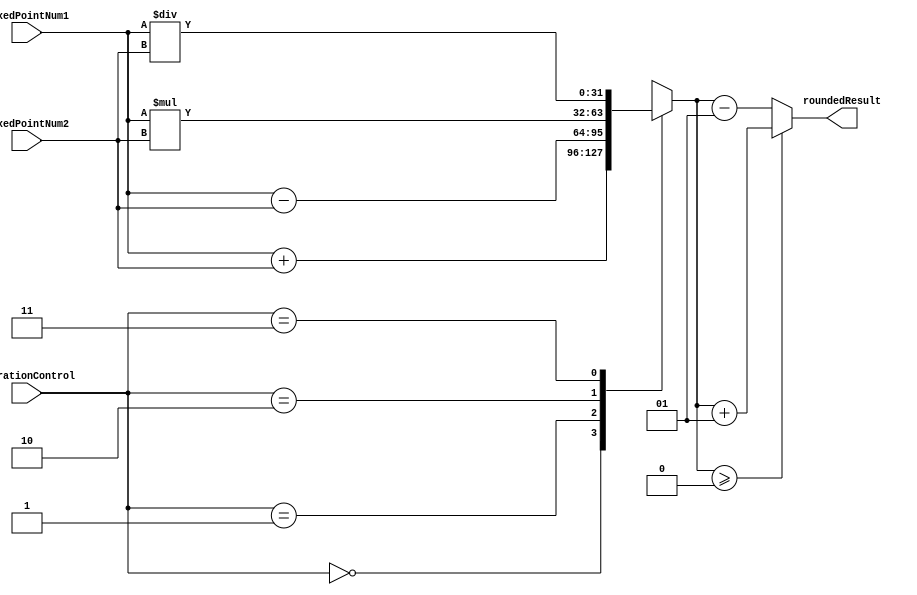
module FixedPointRoundingUnit(
    input signed [31:0] fixedPointNum1,
    input signed [31:0] fixedPointNum2,
    input [1:0] operationControl,
    output reg signed [31:0] roundedResult
);

always @(*) begin
    case(operationControl)
        2'b00: roundedResult = fixedPointNum1 + fixedPointNum2; // Addition
        2'b01: roundedResult = fixedPointNum1 - fixedPointNum2; // Subtraction
        2'b10: roundedResult = fixedPointNum1 * fixedPointNum2; // Multiplication
        2'b11: roundedResult = fixedPointNum1 / fixedPointNum2; // Division
    endcase

    if(roundedResult >= 0) begin
        roundedResult = roundedResult + 0.5; // Rounding positive numbers
    end else begin
        roundedResult = roundedResult - 0.5; // Rounding negative numbers
    end
end

endmodule